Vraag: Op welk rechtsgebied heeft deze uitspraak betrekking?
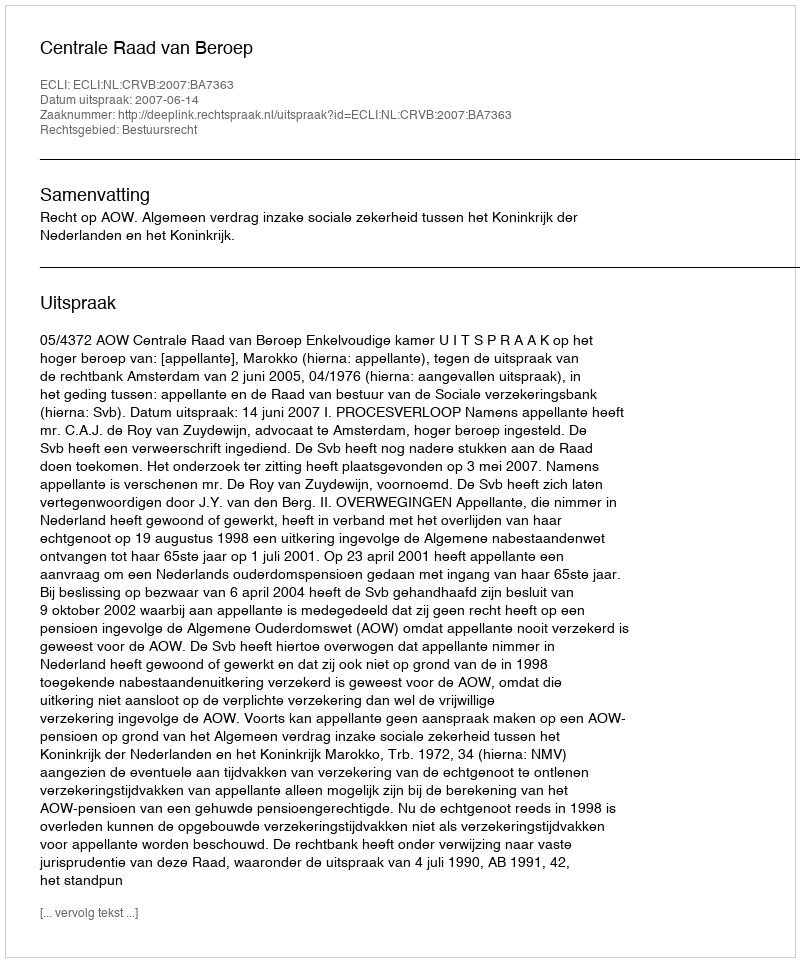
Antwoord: Bestuursrecht